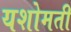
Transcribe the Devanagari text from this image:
यशोमती